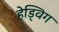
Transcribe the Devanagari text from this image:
हेड्विग